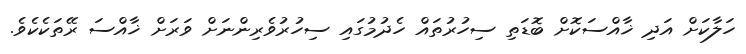
ހަލާކަށް އަދި ޚާއްސަކޮށް ބޮޑަތި ސިހުރުތައް ހެދުމުގައި ސިހުރުވެރިންނަށް ވަރަށް ޚާއްސަ ރޭތަކެކެވެ.